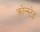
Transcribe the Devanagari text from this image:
क्रोन्स्टेड